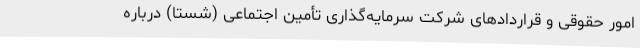
امور حقوقی و قراردادهای شرکت سرمایه‌گذاری تأمین اجتماعی (شستا) درباره